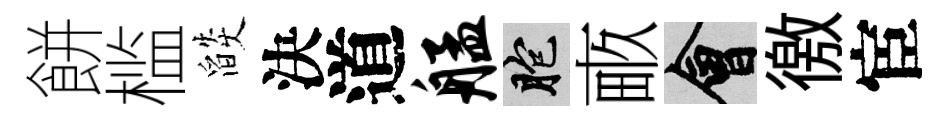
餅槛燄決道艋胞畞會徼宦